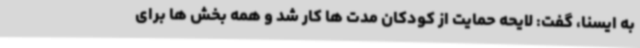
به ایسنا، گفت: لایحه حمایت از کودکان مدت ها کار شد و همه بخش ها برای